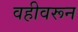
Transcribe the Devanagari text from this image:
वहीवरून